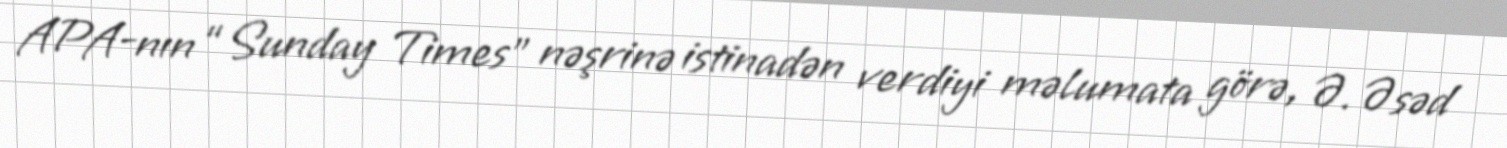
APA-nın “Sunday Times” nəşrinə istinadən verdiyi məlumata görə, Ə. Əsəd